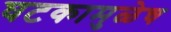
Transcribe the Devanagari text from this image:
घटकामुळेच